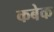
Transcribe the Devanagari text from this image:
कबेक